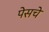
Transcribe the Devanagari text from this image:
पेसचे